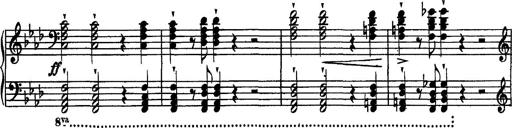
Title: Piano Sonata
Composer: Karl HÃ¤ssler
Key: C major